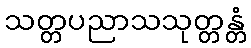
သတ္တပညာသသုတ္တန္တံ